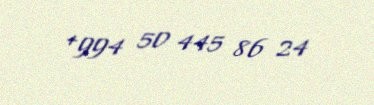
+994 50 445 86 24